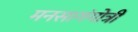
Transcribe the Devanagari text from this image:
मनसागंगोत्री